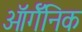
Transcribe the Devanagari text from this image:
ऑर्गॅनिक